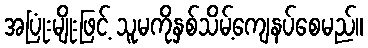
အပြုံးမျိုးဖြင့် သူမကိုနှစ်သိမ့်ကျေနပ်စေမည်။